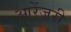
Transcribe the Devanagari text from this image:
आरेंजरी